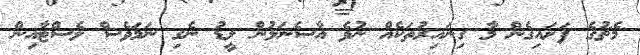
މެޗުގެ ފަށައިގެން މާ ގިނައިރުތަކެއް ނުވެ އާސެނަލުން ލީޑު ނެގި ނަމަވެސް ލެސްޓާއިން